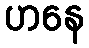
ဟနေ